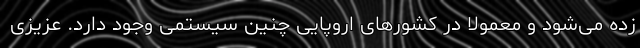
زده می‌شود و معمولا در کشورهای اروپایی چنین سیستمی وجود دارد. عزیزی